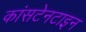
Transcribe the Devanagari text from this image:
कांसटेनटाइन